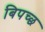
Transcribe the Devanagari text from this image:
बिपच्छ